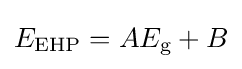
{\textstyle E_{\text{EHP}}=AE_{\text{g}}+B}